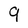
Character: 9